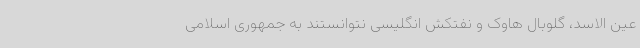
عین الاسد، گلوبال هاوک و نفتکش انگلیسی نتوانستند به جمهوری اسلامی